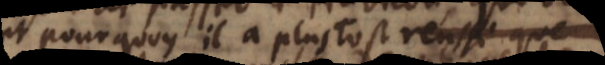
et pourquoy il a plustost gagné que